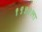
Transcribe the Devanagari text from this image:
१९५२ला